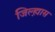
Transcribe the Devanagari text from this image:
जिल्ह्य़ास